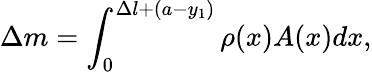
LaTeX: \Delta m=\int_{0}^{\Delta l+(a-y_{1})}\rho(x)A(x)dx,